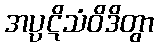
အပ္ပဋိသံဝိဒိတွာ